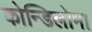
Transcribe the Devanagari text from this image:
कोन्डिलोमा